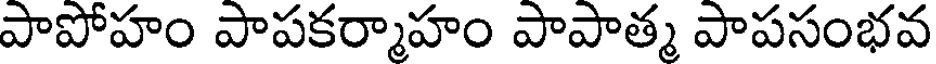
పాపోహం పాపకర్మాహం పాపాత్మ పాపసంభవ